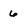
Character: 6